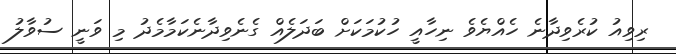
ރިވިއު ކުރެވިދާނެ ހެއްޔެވެ ނިހާއީ ހުކުމަކަށް ބަދަލެއް ގެނެވިދާނެކަމާމެދު މި ވަނީ ސުވާލު